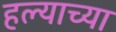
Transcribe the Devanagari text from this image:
हल्याच्या